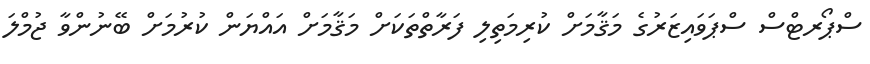
ސްޕޯރޓްސް ސްޕަވައިޒަރުގެ މަޤާމަށް ކުރިމަތިލި ފަރާތްތަކަށް މަޤާމަށް އައްޔަން ކުރުމަށް ބޭނުންވާ ޖުމްލަ